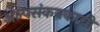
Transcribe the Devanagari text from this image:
अल्पसंकयकाची